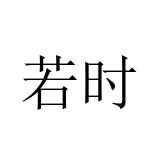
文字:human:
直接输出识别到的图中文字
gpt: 若时